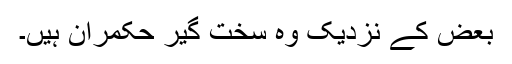
بعض کے نزدیک وہ سخت گیر حکمران ہیں۔